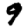
Digit: 9